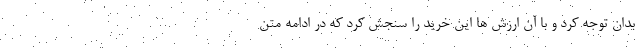
بدان توجه کرد و با آن ارزش ها این خرید را سنجش کرد که در ادامه متن